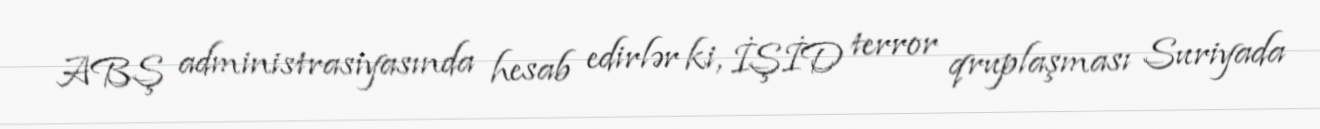
ABŞ administrasiyasında hesab edirlər ki, İŞİD terror qruplaşması Suriyada